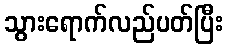
သွားရောက်လည်ပတ်ပြီး